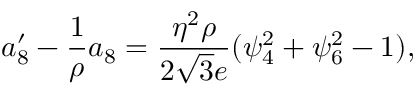
a _ { 8 } ^ { \prime } - \frac { 1 } { \rho } a _ { 8 } = \frac { \eta ^ { 2 } \rho } { 2 \sqrt { 3 } e } ( \psi _ { 4 } ^ { 2 } + \psi _ { 6 } ^ { 2 } - 1 ) ,